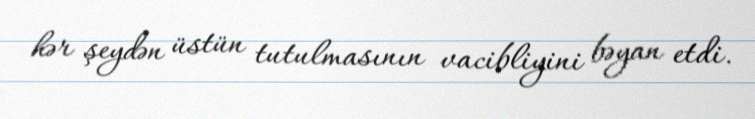
hər şeydən üstün tutulmasının vacibliyini bəyan etdi.